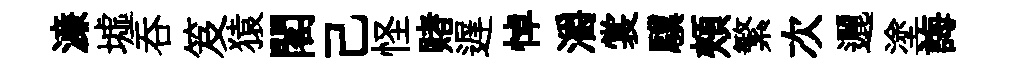
濓墟吞笈猿閣己怪赌遅悼灂裳驥頰繁次邐塗誨